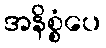
အနိစ္စံပေ